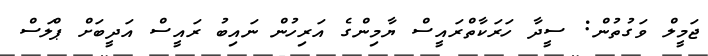
ޖަމީލް ވަގުތުން: ސީދާ ހަރަކާތްރައީސް ޔާމިންގެ އަރިހުން ނައިބު ރައީސް އަދީބަށް ޕްލަސް